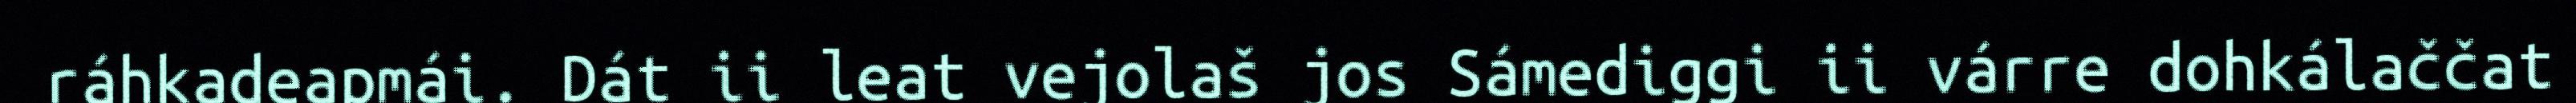
ráhkadeapmái. Dát ii leat vejolaš jos Sámediggi ii várre dohkálaččat